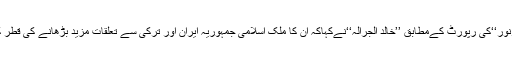
عالمی اردوخبررساں ادارے’’نیوزنور‘‘کی رپورٹ کےمطابق ’’خالد الجرالہ‘‘نےکہاکہ ان کا ملک اسلامی جمہوریہ ایران اور ترکی سے تعلقات مزید بڑھانے کی قطر کی کوششوں کی حمایت کرتا ہے۔